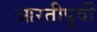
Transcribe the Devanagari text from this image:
आरतीपूर्वी